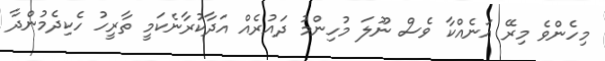
މިހެންވެ މިރޭ އަނެއްކާ ވެސް ނޫލަ މުހިންމު ދައުރެއް އަދާކުރާނެކަމީ ތާރީހު ހެކިދެމުންދާ